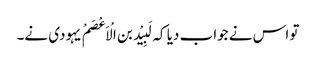
تو اس نے جواب دیا کہ لَبِیْد بن الْاَعْصَمْ یہودی نے۔